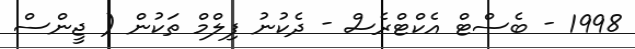
1998 - ބެސްޓް އެކްޓްރެސް - ދެކުނު ފިލްމް ތަކުން ( ޖީންސް